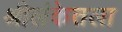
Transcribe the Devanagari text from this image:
श्रीलंकेतला